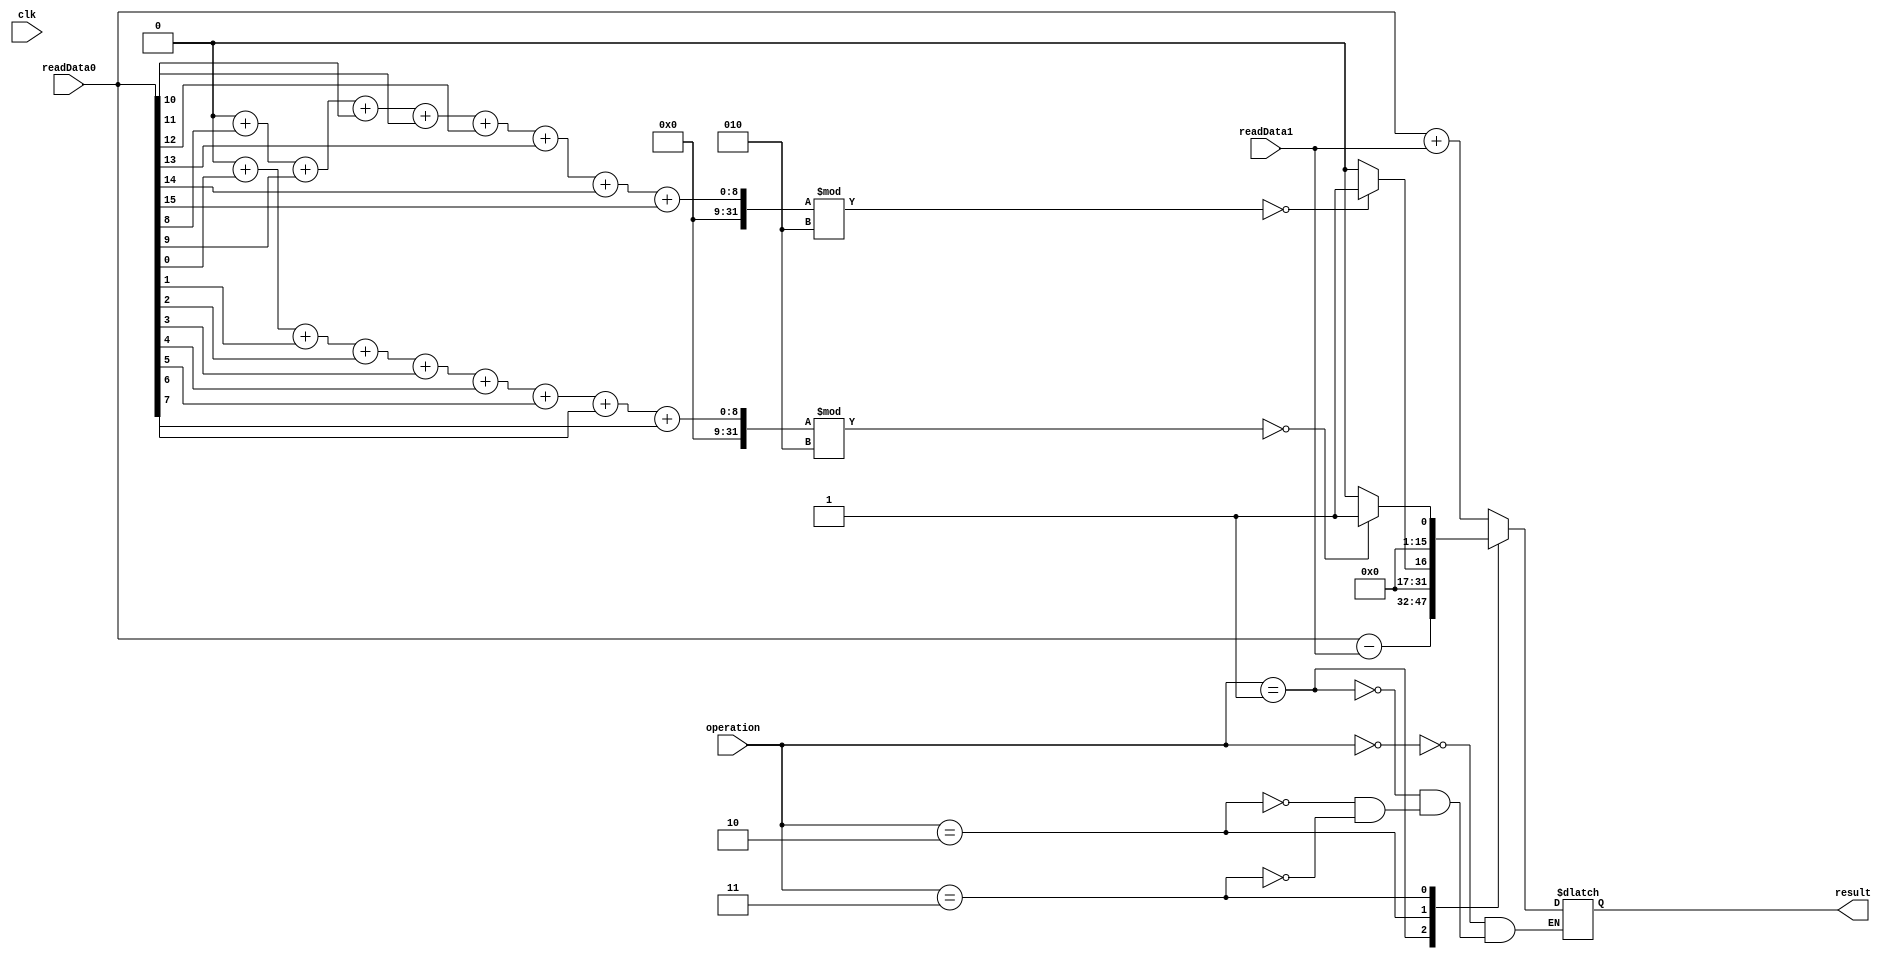
`timescale 1ns / 1ps
module ALU(
input clk,
input [3:0]operation,
input [15:0]readData0,
input [15:0]readData1,
output [15:0]result
);

reg[0:4] i = 0;
integer count = 0;
reg [15:0]internalResult = 0;

assign result = internalResult;

parameter	
		add			= 0,
		sub    		= 1,
		evenUpper	= 2,
		evenLower	= 3,
		gte			= 4,
		ltz			= 5,
		ez				= 6,
		eq				= 7,
		ne				= 8;
		
always @(*) begin
	case (operation)
		add: begin
			internalResult = readData0 + readData1;
			
		end
		sub: begin
			internalResult = readData0 - readData1;
		end
		evenUpper: begin
			count = 0;
			for(i=8; i<16; i = i+1)
			begin
				count = count + (readData0[i]&1);
			end
			if(count%2==0)
			begin
				internalResult <= 1;
			end
			else
			begin
				internalResult <= 0;
			end
		end
		evenLower: begin
			count=0;
			for(i=0; i<8; i = i+1)
			begin
				count = count +(readData0[i]&1);
			end
			if(count%2==0)
			begin
				internalResult <= 1;
			end
			else
			begin
				internalResult <= 0;
			end
		end
		default: begin end
	endcase
end
endmodule